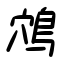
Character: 鴪